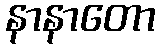
နာနာတော